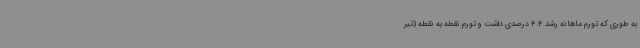
به طوری که تورم ماهانه رشد 4.4 درصدی داشت و تورم نقطه به نقطه (تیر